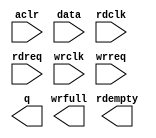
// megafunction wizard: %FIFO%VBB%
// GENERATION: STANDARD
// VERSION: WM1.0
// MODULE: dcfifo_mixed_widths 

// ============================================================
// Megafunction Name(s):
// 			dcfifo_mixed_widths
//
// Simulation Library Files(s):
// 			altera_mf
// ============================================================
// ************************************************************
// THIS IS A WIZARD-GENERATED FILE. DO NOT EDIT THIS FILE!
//
// 14.1.0 Build 186 12/03/2014 SJ Full Version
// ************************************************************

//Copyright (C) 1991-2014 Altera Corporation. All rights reserved.
//Your use of Altera Corporation's design tools, logic functions 
//and other software and tools, and its AMPP partner logic 
//functions, and any output files from any of the foregoing 
//(including device programming or simulation files), and any 
//associated documentation or information are expressly subject 
//to the terms and conditions of the Altera Program License 
//Subscription Agreement, the Altera Quartus II License Agreement,
//the Altera MegaCore Function License Agreement, or other 
//applicable license agreement, including, without limitation, 
//that your use is for the sole purpose of programming logic 
//devices manufactured by Altera and sold by Altera or its 
//authorized distributors.  Please refer to the applicable 
//agreement for further details.

module nyq_formatter (
	aclr,
	data,
	rdclk,
	rdreq,
	wrclk,
	wrreq,
	q,
	rdempty,
	wrfull);

	input	  aclr;
	input	[63:0]  data;
	input	  rdclk;
	input	  rdreq;
	input	  wrclk;
	input	  wrreq;
	output	[31:0]  q;
	output	  rdempty;
	output	  wrfull;
`ifndef ALTERA_RESERVED_QIS
// synopsys translate_off
`endif
	tri0	  aclr;
`ifndef ALTERA_RESERVED_QIS
// synopsys translate_on
`endif

endmodule

// ============================================================
// CNX file retrieval info
// ============================================================
// Retrieval info: PRIVATE: AlmostEmpty NUMERIC "0"
// Retrieval info: PRIVATE: AlmostEmptyThr NUMERIC "-1"
// Retrieval info: PRIVATE: AlmostFull NUMERIC "0"
// Retrieval info: PRIVATE: AlmostFullThr NUMERIC "-1"
// Retrieval info: PRIVATE: CLOCKS_ARE_SYNCHRONIZED NUMERIC "0"
// Retrieval info: PRIVATE: Clock NUMERIC "4"
// Retrieval info: PRIVATE: Depth NUMERIC "4"
// Retrieval info: PRIVATE: Empty NUMERIC "1"
// Retrieval info: PRIVATE: Full NUMERIC "1"
// Retrieval info: PRIVATE: INTENDED_DEVICE_FAMILY STRING "Cyclone V"
// Retrieval info: PRIVATE: LE_BasedFIFO NUMERIC "0"
// Retrieval info: PRIVATE: LegacyRREQ NUMERIC "0"
// Retrieval info: PRIVATE: MAX_DEPTH_BY_9 NUMERIC "0"
// Retrieval info: PRIVATE: OVERFLOW_CHECKING NUMERIC "0"
// Retrieval info: PRIVATE: Optimize NUMERIC "0"
// Retrieval info: PRIVATE: RAM_BLOCK_TYPE NUMERIC "0"
// Retrieval info: PRIVATE: SYNTH_WRAPPER_GEN_POSTFIX STRING "0"
// Retrieval info: PRIVATE: UNDERFLOW_CHECKING NUMERIC "0"
// Retrieval info: PRIVATE: UsedW NUMERIC "1"
// Retrieval info: PRIVATE: Width NUMERIC "64"
// Retrieval info: PRIVATE: dc_aclr NUMERIC "1"
// Retrieval info: PRIVATE: diff_widths NUMERIC "1"
// Retrieval info: PRIVATE: msb_usedw NUMERIC "0"
// Retrieval info: PRIVATE: output_width NUMERIC "32"
// Retrieval info: PRIVATE: rsEmpty NUMERIC "1"
// Retrieval info: PRIVATE: rsFull NUMERIC "0"
// Retrieval info: PRIVATE: rsUsedW NUMERIC "0"
// Retrieval info: PRIVATE: sc_aclr NUMERIC "0"
// Retrieval info: PRIVATE: sc_sclr NUMERIC "0"
// Retrieval info: PRIVATE: wsEmpty NUMERIC "0"
// Retrieval info: PRIVATE: wsFull NUMERIC "1"
// Retrieval info: PRIVATE: wsUsedW NUMERIC "0"
// Retrieval info: LIBRARY: altera_mf altera_mf.altera_mf_components.all
// Retrieval info: CONSTANT: INTENDED_DEVICE_FAMILY STRING "Cyclone V"
// Retrieval info: CONSTANT: LPM_NUMWORDS NUMERIC "4"
// Retrieval info: CONSTANT: LPM_SHOWAHEAD STRING "ON"
// Retrieval info: CONSTANT: LPM_TYPE STRING "dcfifo_mixed_widths"
// Retrieval info: CONSTANT: LPM_WIDTH NUMERIC "64"
// Retrieval info: CONSTANT: LPM_WIDTHU NUMERIC "2"
// Retrieval info: CONSTANT: LPM_WIDTHU_R NUMERIC "3"
// Retrieval info: CONSTANT: LPM_WIDTH_R NUMERIC "32"
// Retrieval info: CONSTANT: OVERFLOW_CHECKING STRING "ON"
// Retrieval info: CONSTANT: RDSYNC_DELAYPIPE NUMERIC "4"
// Retrieval info: CONSTANT: READ_ACLR_SYNCH STRING "ON"
// Retrieval info: CONSTANT: UNDERFLOW_CHECKING STRING "ON"
// Retrieval info: CONSTANT: USE_EAB STRING "ON"
// Retrieval info: CONSTANT: WRITE_ACLR_SYNCH STRING "ON"
// Retrieval info: CONSTANT: WRSYNC_DELAYPIPE NUMERIC "4"
// Retrieval info: USED_PORT: aclr 0 0 0 0 INPUT GND "aclr"
// Retrieval info: USED_PORT: data 0 0 64 0 INPUT NODEFVAL "data[63..0]"
// Retrieval info: USED_PORT: q 0 0 32 0 OUTPUT NODEFVAL "q[31..0]"
// Retrieval info: USED_PORT: rdclk 0 0 0 0 INPUT NODEFVAL "rdclk"
// Retrieval info: USED_PORT: rdempty 0 0 0 0 OUTPUT NODEFVAL "rdempty"
// Retrieval info: USED_PORT: rdreq 0 0 0 0 INPUT NODEFVAL "rdreq"
// Retrieval info: USED_PORT: wrclk 0 0 0 0 INPUT NODEFVAL "wrclk"
// Retrieval info: USED_PORT: wrfull 0 0 0 0 OUTPUT NODEFVAL "wrfull"
// Retrieval info: USED_PORT: wrreq 0 0 0 0 INPUT NODEFVAL "wrreq"
// Retrieval info: CONNECT: @aclr 0 0 0 0 aclr 0 0 0 0
// Retrieval info: CONNECT: @data 0 0 64 0 data 0 0 64 0
// Retrieval info: CONNECT: @rdclk 0 0 0 0 rdclk 0 0 0 0
// Retrieval info: CONNECT: @rdreq 0 0 0 0 rdreq 0 0 0 0
// Retrieval info: CONNECT: @wrclk 0 0 0 0 wrclk 0 0 0 0
// Retrieval info: CONNECT: @wrreq 0 0 0 0 wrreq 0 0 0 0
// Retrieval info: CONNECT: q 0 0 32 0 @q 0 0 32 0
// Retrieval info: CONNECT: rdempty 0 0 0 0 @rdempty 0 0 0 0
// Retrieval info: CONNECT: wrfull 0 0 0 0 @wrfull 0 0 0 0
// Retrieval info: GEN_FILE: TYPE_NORMAL nyq_formatter.v TRUE
// Retrieval info: GEN_FILE: TYPE_NORMAL nyq_formatter.inc FALSE
// Retrieval info: GEN_FILE: TYPE_NORMAL nyq_formatter.cmp FALSE
// Retrieval info: GEN_FILE: TYPE_NORMAL nyq_formatter.bsf FALSE
// Retrieval info: GEN_FILE: TYPE_NORMAL nyq_formatter_inst.v FALSE
// Retrieval info: GEN_FILE: TYPE_NORMAL nyq_formatter_bb.v TRUE
// Retrieval info: LIB_FILE: altera_mf